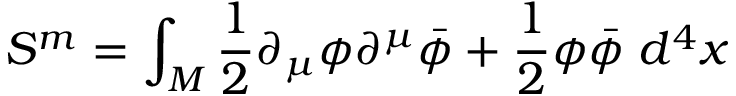
S ^ { m } = \int _ { M } \frac { 1 } { 2 } \partial _ { \mu } \phi \partial ^ { \mu } \bar { \phi } + \frac { 1 } { 2 } \phi \bar { \phi } \; d ^ { 4 } x